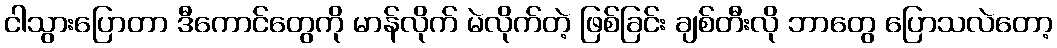
ငါသွားပြောတာ ဒီကောင်တွေကို မာန်လိုက် မဲလိုက်တဲ့ ဖြစ်ခြင်း ချစ်တီးလို ဘာတွေ ပြောသလဲတော့